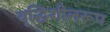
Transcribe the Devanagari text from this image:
वृद्धिशीलरूप